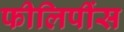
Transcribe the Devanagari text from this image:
फीलिपींस